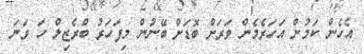
އެހެން ކަމުން އަހަރެމެން ވަރަށް ބޮޑަށް ބޭނުން މިފަހަރު ބްރެޒިލް ހަ ވަނަ